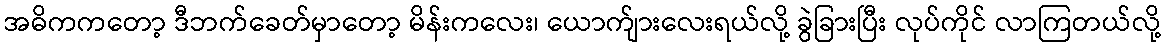
အဓိကကတော့ ဒီဘက်ခေတ်မှာတော့ မိန်းကလေး၊ ယောက်ျားလေးရယ်လို့ ခွဲခြားပြီး လုပ်ကိုင် လာကြတယ်လို့